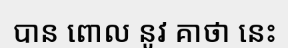
បាន ពោល នូវ គាថា នេះ